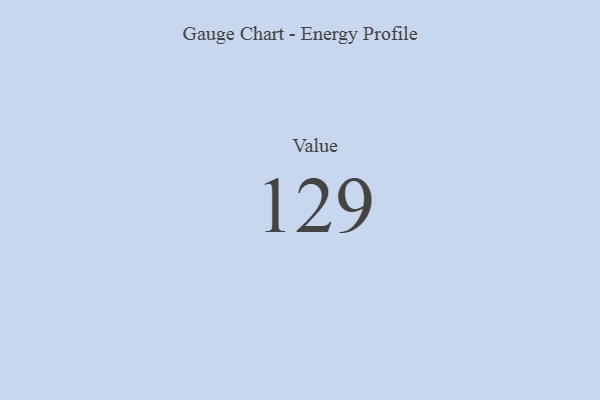
{"axis": {"x": "Metric", "y": "Value"}, "legend": [""], "data": [{"x": "Value", "y": 129, "type": ""}]}